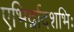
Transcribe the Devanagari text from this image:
एभिर्द्वादशभिः